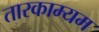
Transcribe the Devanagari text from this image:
तारकाम्यम